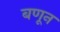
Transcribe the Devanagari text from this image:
बणून